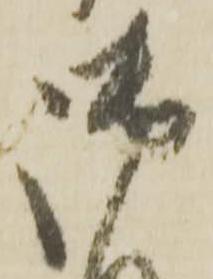
御